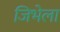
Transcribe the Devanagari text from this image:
जिभेला